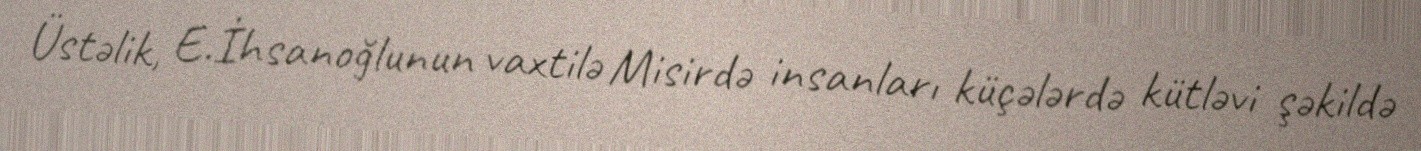
Üstəlik, E.İhsanoğlunun vaxtilə Misirdə insanları küçələrdə kütləvi şəkildə